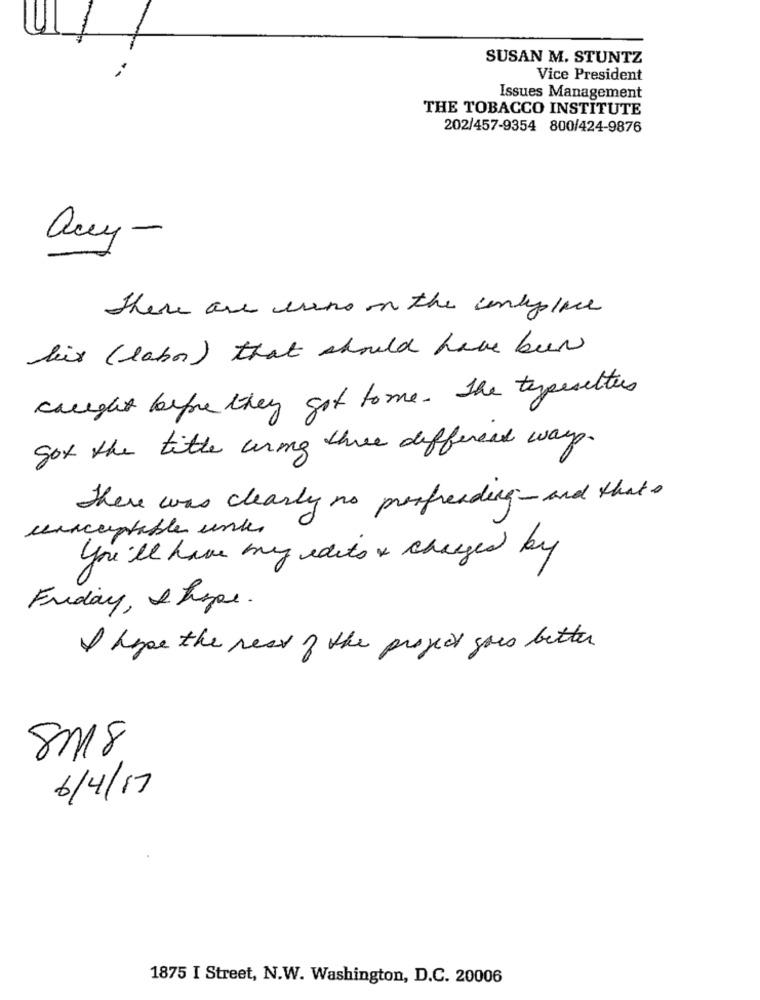
SUSAN M. STUNTZ
Vice President
Issues Management
THE TOBACCO INSTITUTE
202/457-9354 800/424-9876
any-
There are erne on the contplace
lix ( labor ) that should have been
caught before they got tome. The typesetters
got the title aring three different ways.
There was clearly no proofreading and that's
eenacceptable unter
You'll have muy edits & changed by
Friday, & hype .
I hope the rest of the project gous better
8118
6/4/17
1875 I Street, N.W. Washington, D.C. 20006